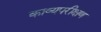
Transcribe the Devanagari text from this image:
काव्यपरीक्षण